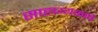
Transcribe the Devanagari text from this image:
साहाय्यकाचे